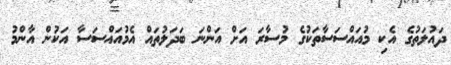
ދައުލަތުގެ އެކި މުއައްސަސާތަކުގެ މުސާރަ އަށް އަންނަ ބަދަލުތައް އެމުއައްސަސާ އަކުން އާންމު